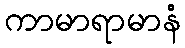
ကာမာရာမာနံ